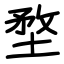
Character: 堥